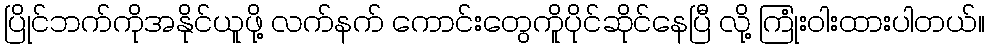
ပြိုင်ဘက်ကိုအနိုင်ယူဖို့ လက်နက် ကောင်းတွေကိူပိုင်ဆိုင်နေပြီ လို့ ကြုံးဝါးထားပါတယ်။